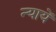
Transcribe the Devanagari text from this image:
न्यायें